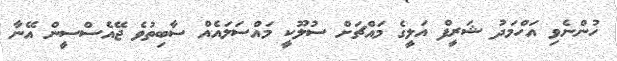
ހުންނެވި އަހްމަދު ޝަރީފް އަލީގެ މައްޗަށް ސުލޫކީ މައްސަލައެއް ސާބިތުވެ ޖޭއެސްސީން އޭނާ